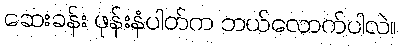
ဆေးခန်း ဖုန်းနံပါတ်က ဘယ်လောက်ပါလဲ။